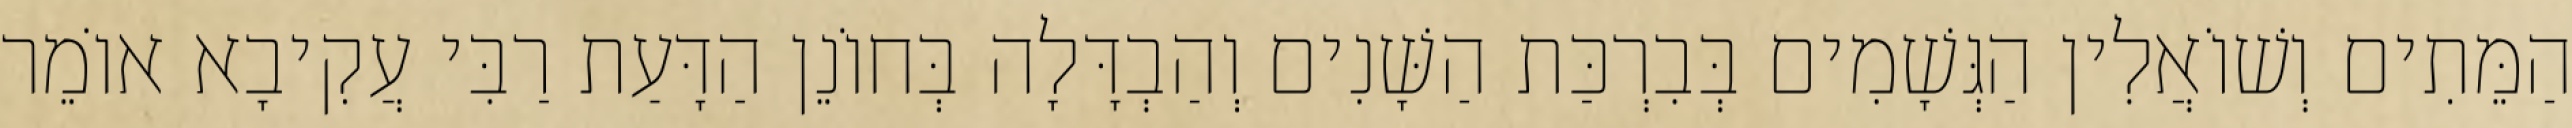
הַמֵּתִים וְשׁוֹאֲלִין הַגְּשָׁמִים בְּבִרְכַּת הַשָּׁנִים וְהַבְדָּלָה בְּחוֹנֵן הַדָּעַת רַבִּי עֲקִיבָא אוֹמֵר